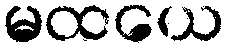
မထယေ